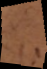
d